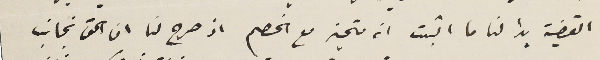
القضية بدا لنا ما اثبت انه متحيز مع الخصم اذ صرح لنا ان الحق نجانب